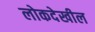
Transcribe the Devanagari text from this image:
लोकदेखील